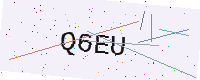
Text: Q6EU